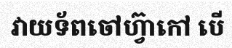
វាយទ័ពចៅហ្វ៊ាកៅ បើ